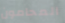
المحامون